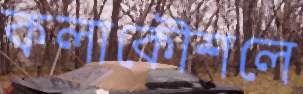
কলাকৌশলে